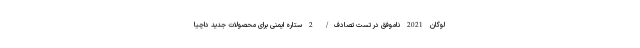
لوگان 2021 ناموفق در تست تصادف/ 2 ستاره ایمنی برای محصولات جدید داچیا